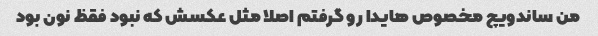
من ساندویچ مخصوص هایدا رو گرفتم اصلا مثل عکسش که نبود فقظ نون بود